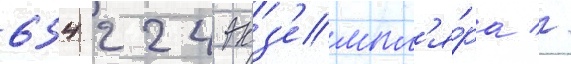
654 224 экз'емпл'я́ра //